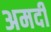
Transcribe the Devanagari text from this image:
अमदी